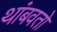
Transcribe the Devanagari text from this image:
थांबवतो